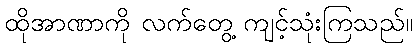
ထိုအာဏာကို လက်တွေ့ ကျင့်သုံးကြသည်။